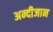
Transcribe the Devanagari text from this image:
अन्दीजान